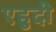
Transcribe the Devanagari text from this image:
एहुदी